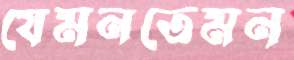
যেমনতেমন